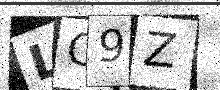
Text: LO9Z